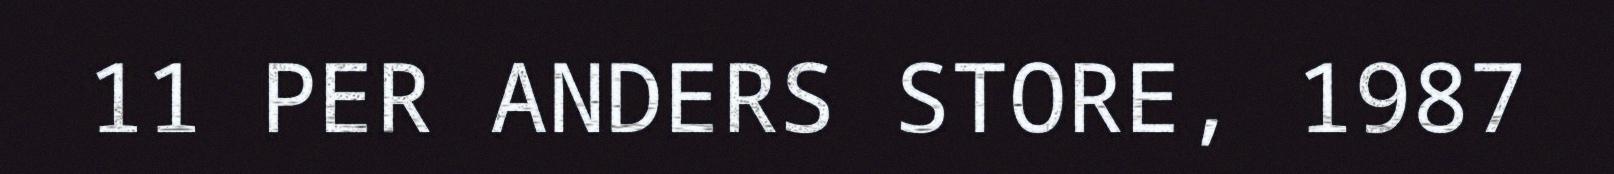
11 PER ANDERS STORE, 1987